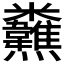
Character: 𩏸